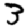
Digit: 3